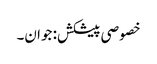
خصوصی پیشکش: جوان۔